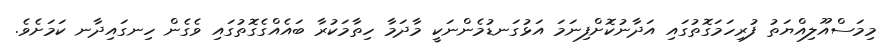
މިމަސްއޫލިއްޔަތު ފުރިހަމަގޮތުގައި އަދާނުކޮށްފިނަމަ އަޅުގަނޑުމެންނަކީ މާދަމާ ހިތާމަކުރާ ބައެއްގެގޮތުގައި ވެގެން ހިނގައިދާނ ކަމަށެވެ.